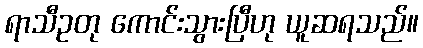
ရာသီဥတု ကောင်းသွားပြီဟု ယူဆရသည်။